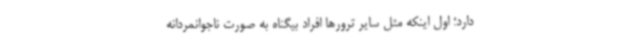
دارد؛ اول اینکه مثل سایر ترورها افراد بیگناه به صورت ناجوانمردانه